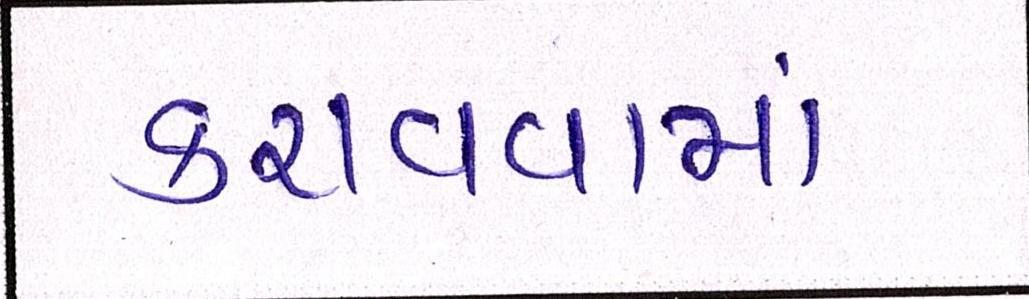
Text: કરાવવામાં